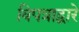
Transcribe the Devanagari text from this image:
विपत्राद्वारे